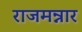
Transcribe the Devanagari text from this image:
राजमन्नार